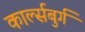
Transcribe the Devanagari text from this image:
कार्ल्सबुर्ग